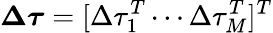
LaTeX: \boldsymbol{\Delta\tau}=[\Delta\tau_{1}^{T}\cdots\Delta\tau_{M}^{T}]^{T}